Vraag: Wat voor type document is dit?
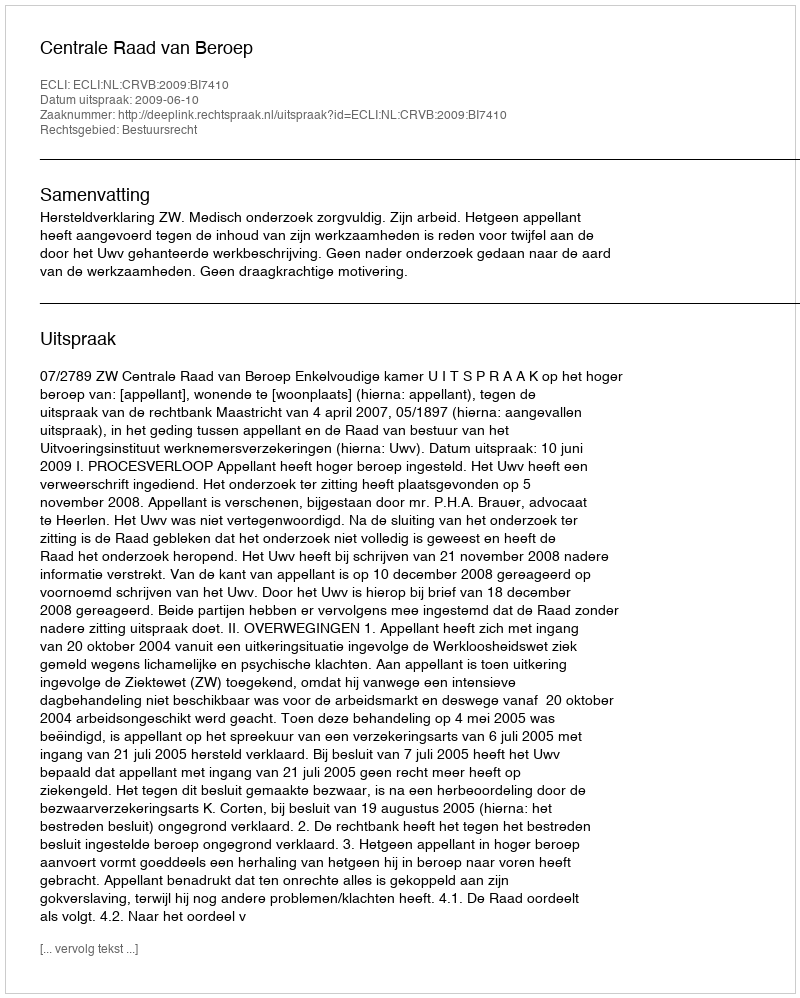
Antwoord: Uitspraak